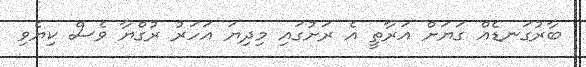
ބާރުގަނޑެއް ގަޔަށް އަރާތީ އެ ރަށުގައި މިދިޔަ އަހަރު ރުގްޔާ ވެސް ކިޔެވި